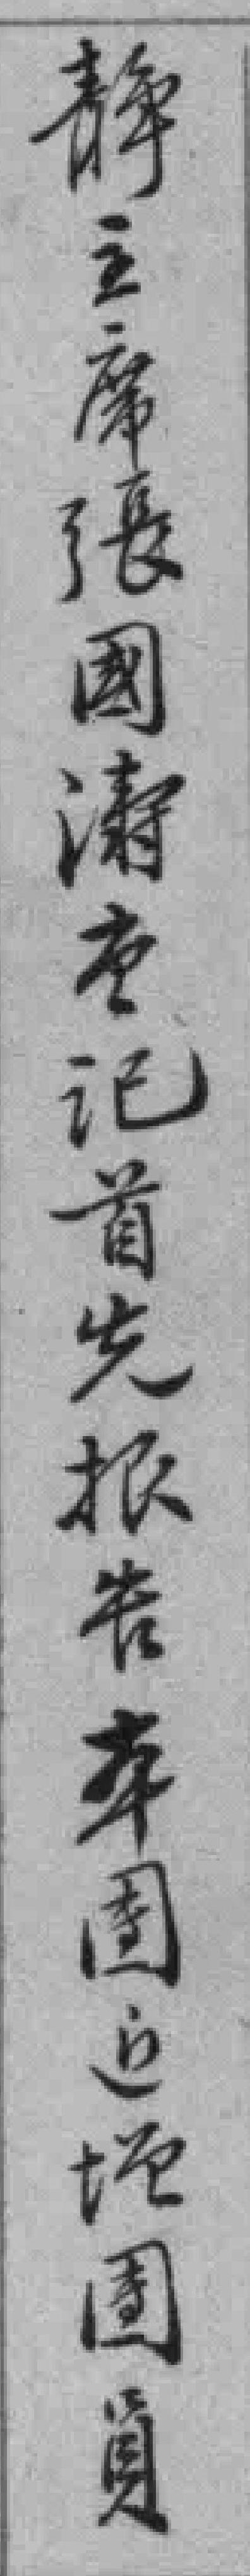
靜主席張國濤書记首先报告本團**園員